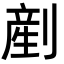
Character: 剷